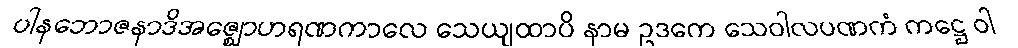
ပါနဘောဇနာဒိအဇ္ဈောဟရဏကာလေ သေယျထာပိ နာမ ဥဒကေ သေဝါလပဏကံ ကဋ္ဌေ ဝါ